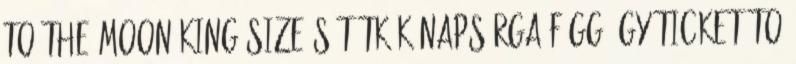
To the Moon King Size sötétkék-napsárga függőágy Ticket To